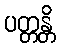
ပတ္တန္တိ